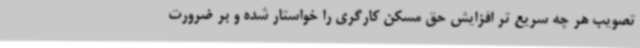
تصویب هر چه سریع تر افزایش حق مسکن کارگری را خواستار شده و بر ضرورت